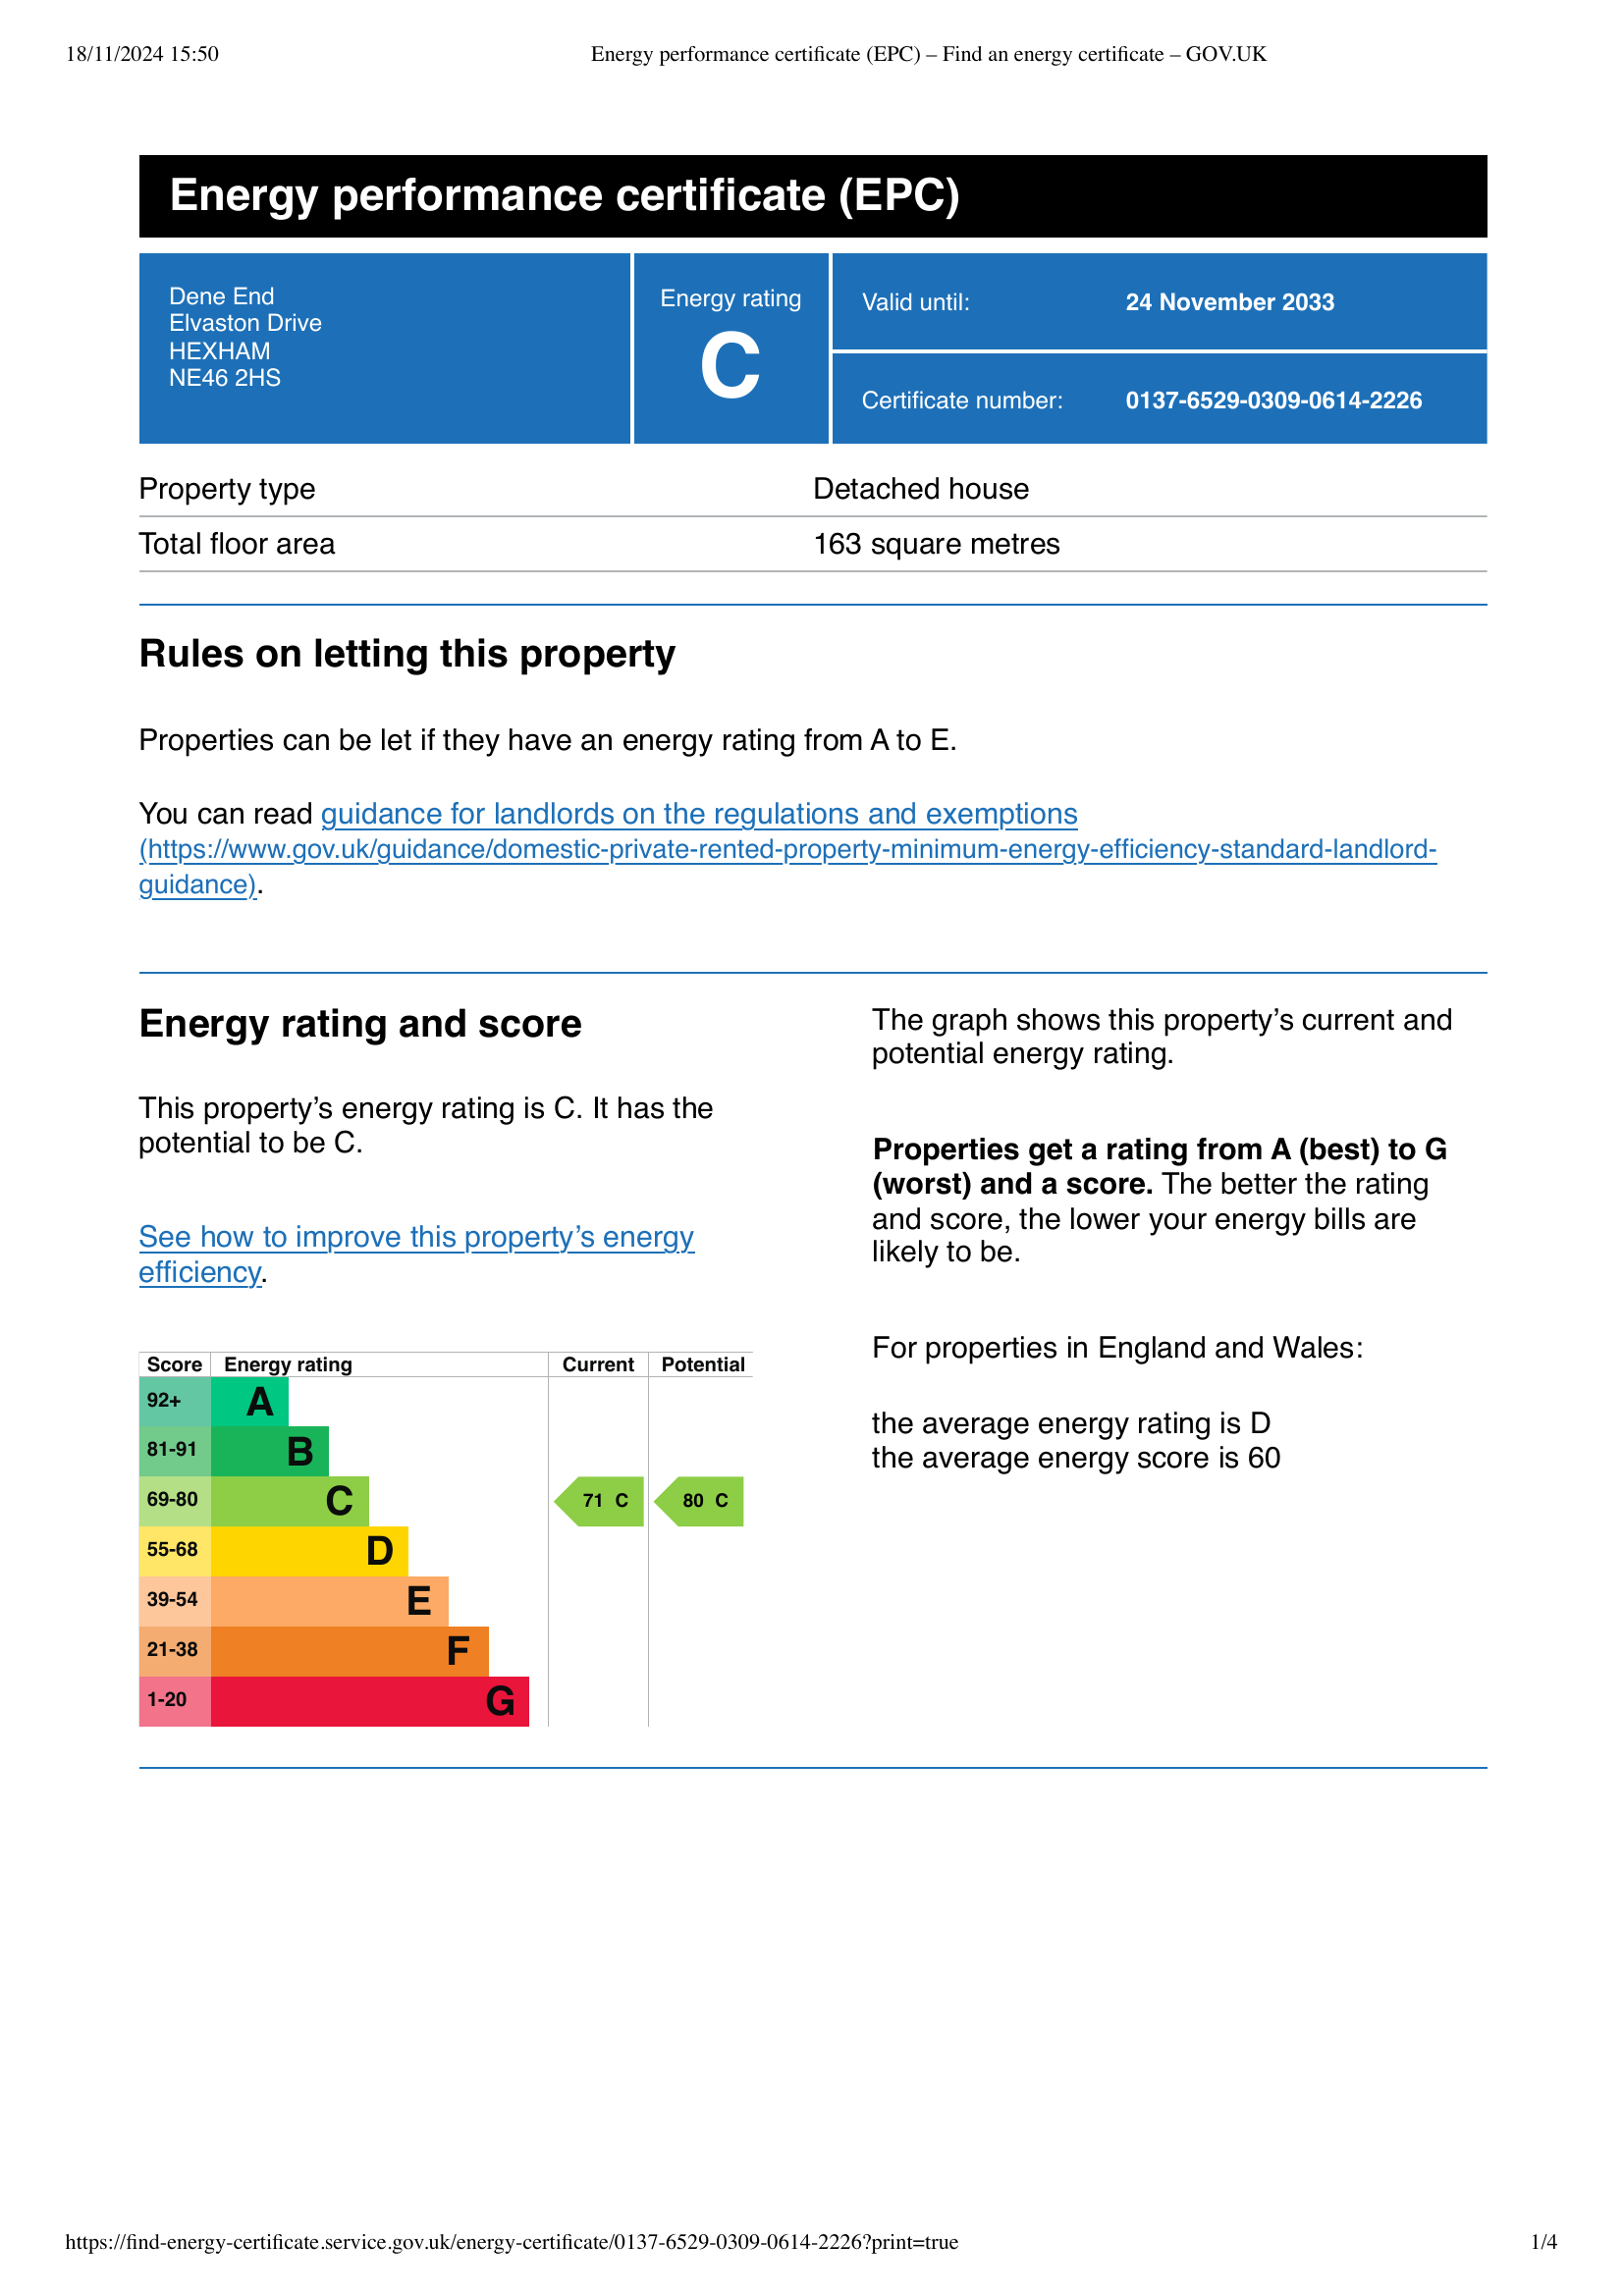
Current energy efficiency rating: C (score 71)
Potential energy efficiency rating: C (score 80)
Current environmental impact (CO2) rating: D (score )
Potential environmental impact (CO2) rating: C (score )